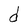
Character: d